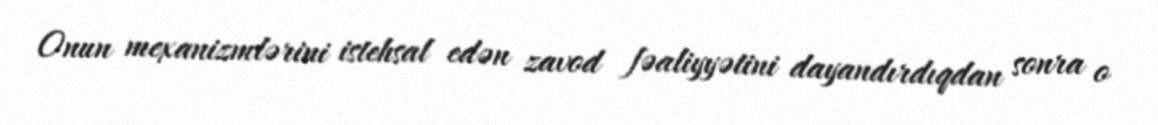
Onun mexanizmlərini istehsal edən zavod fəaliyyətini dayandırdıqdan sonra o